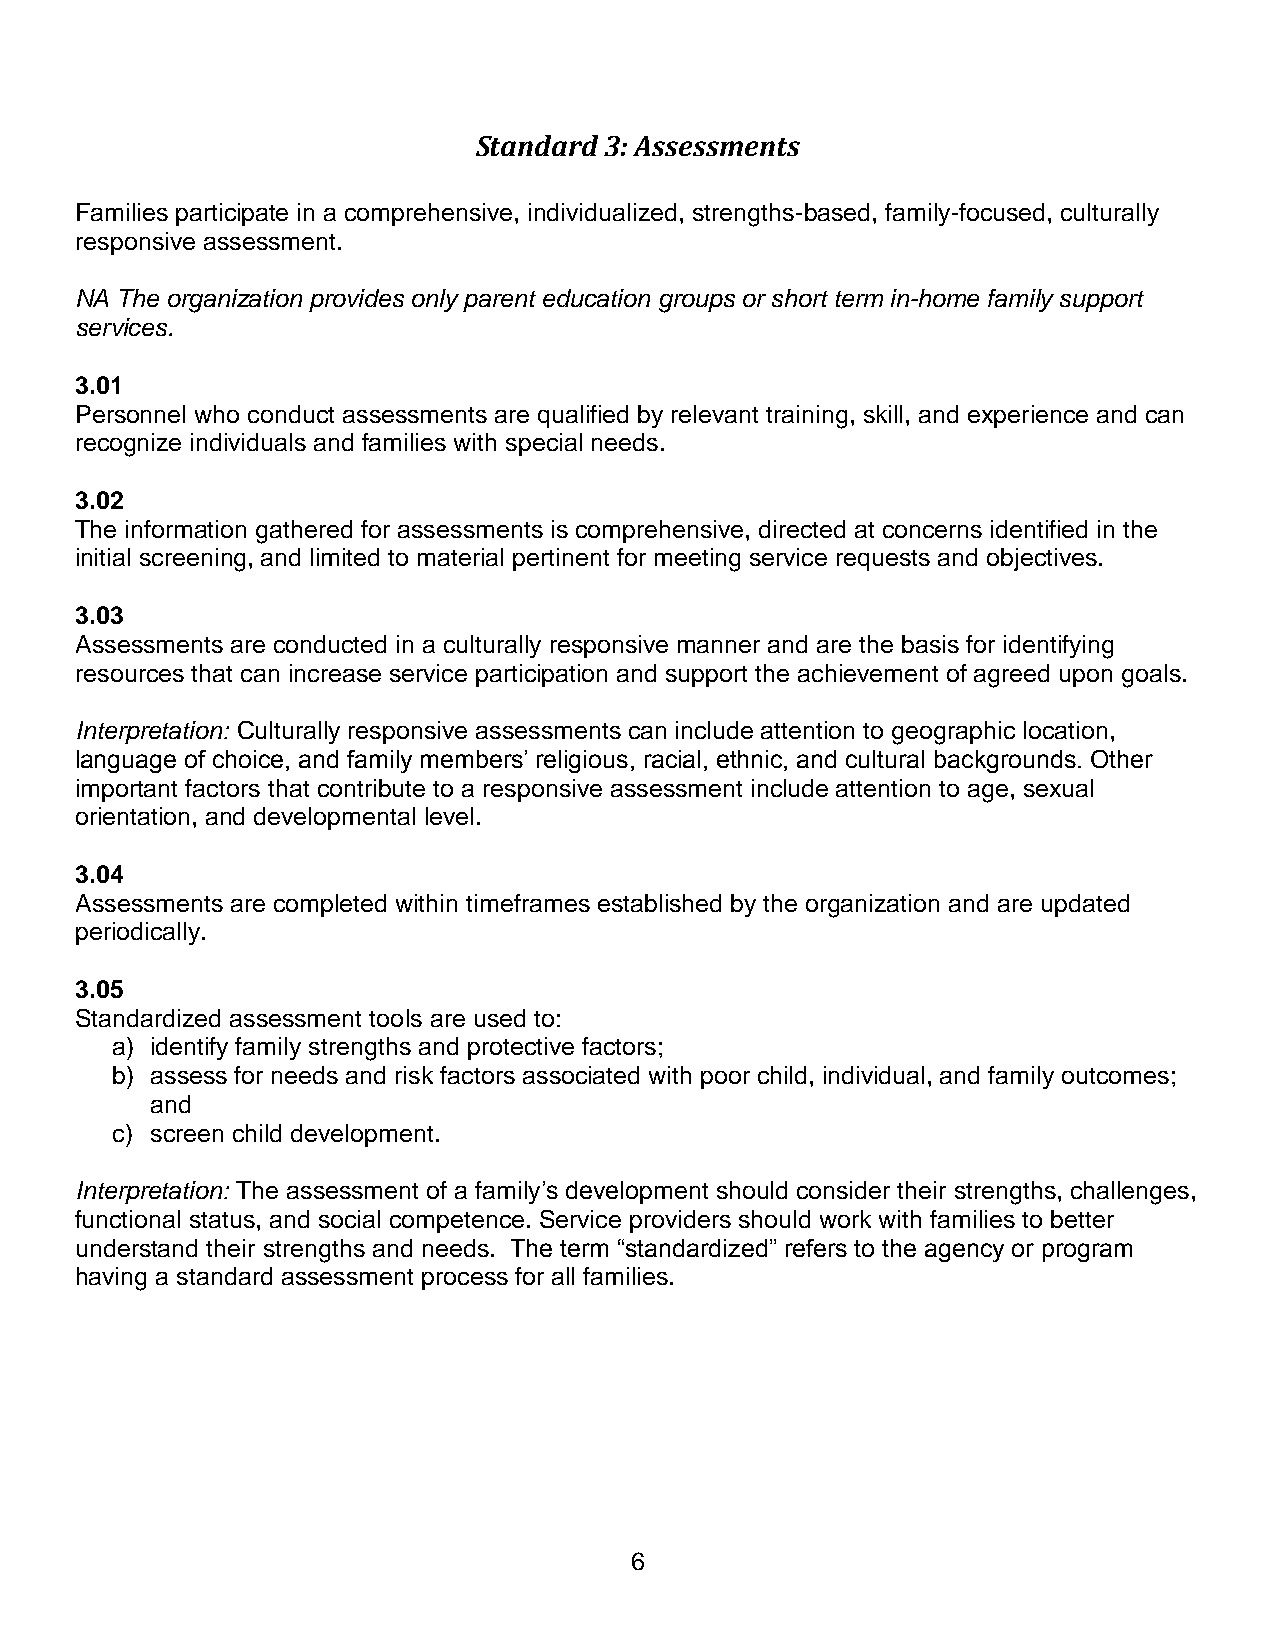
Standard 3: Assessments
 Families participate in a comprehensive, individualized, strengths-based, family-focused, culturally
 responsive assessment.
 NA The organization provides only parent education groups or short term in-home family support
 services.
 3.01
 Personnel who conduct assessments are qualified by relevant training, skill, and experience and can
 recognize individuals and families with special needs.
 3.02
 The information gathered for assessments is comprehensive, directed at concerns identified in the
 initial screening, and limited to material pertinent for meeting service requests and objectives.
 3.03
 Assessments are conducted in a culturally responsive manner and are the basis for identifying
 resources that can increase service participation and support the achievement of agreed upon goals.
 Interpretation: Culturally responsive assessments can include attention to geographic location,
 language of choice, and family members’ religious, racial, ethnic, and cultural backgrounds. Other
 important factors that contribute to a responsive assessment include attention to age, sexual
 orientation, and developmental level.
 3.04
 Assessments are completed within timeframes established by the organization and are updated
 periodically.
 3.05
 Standardized assessment tools are used to:
 a) identify family strengths and protective factors;
 b) assess for needs and risk factors associated with poor child, individual, and family outcomes;
 and
 c) screen child development.
 Interpretation: The assessment of a family’s development should consider their strengths, challenges,
 functional status, and social competence. Service providers should work with families to better
 understand their strengths and needs. The term “standardized” refers to the agency or program
 having a standard assessment process for all families.
 6